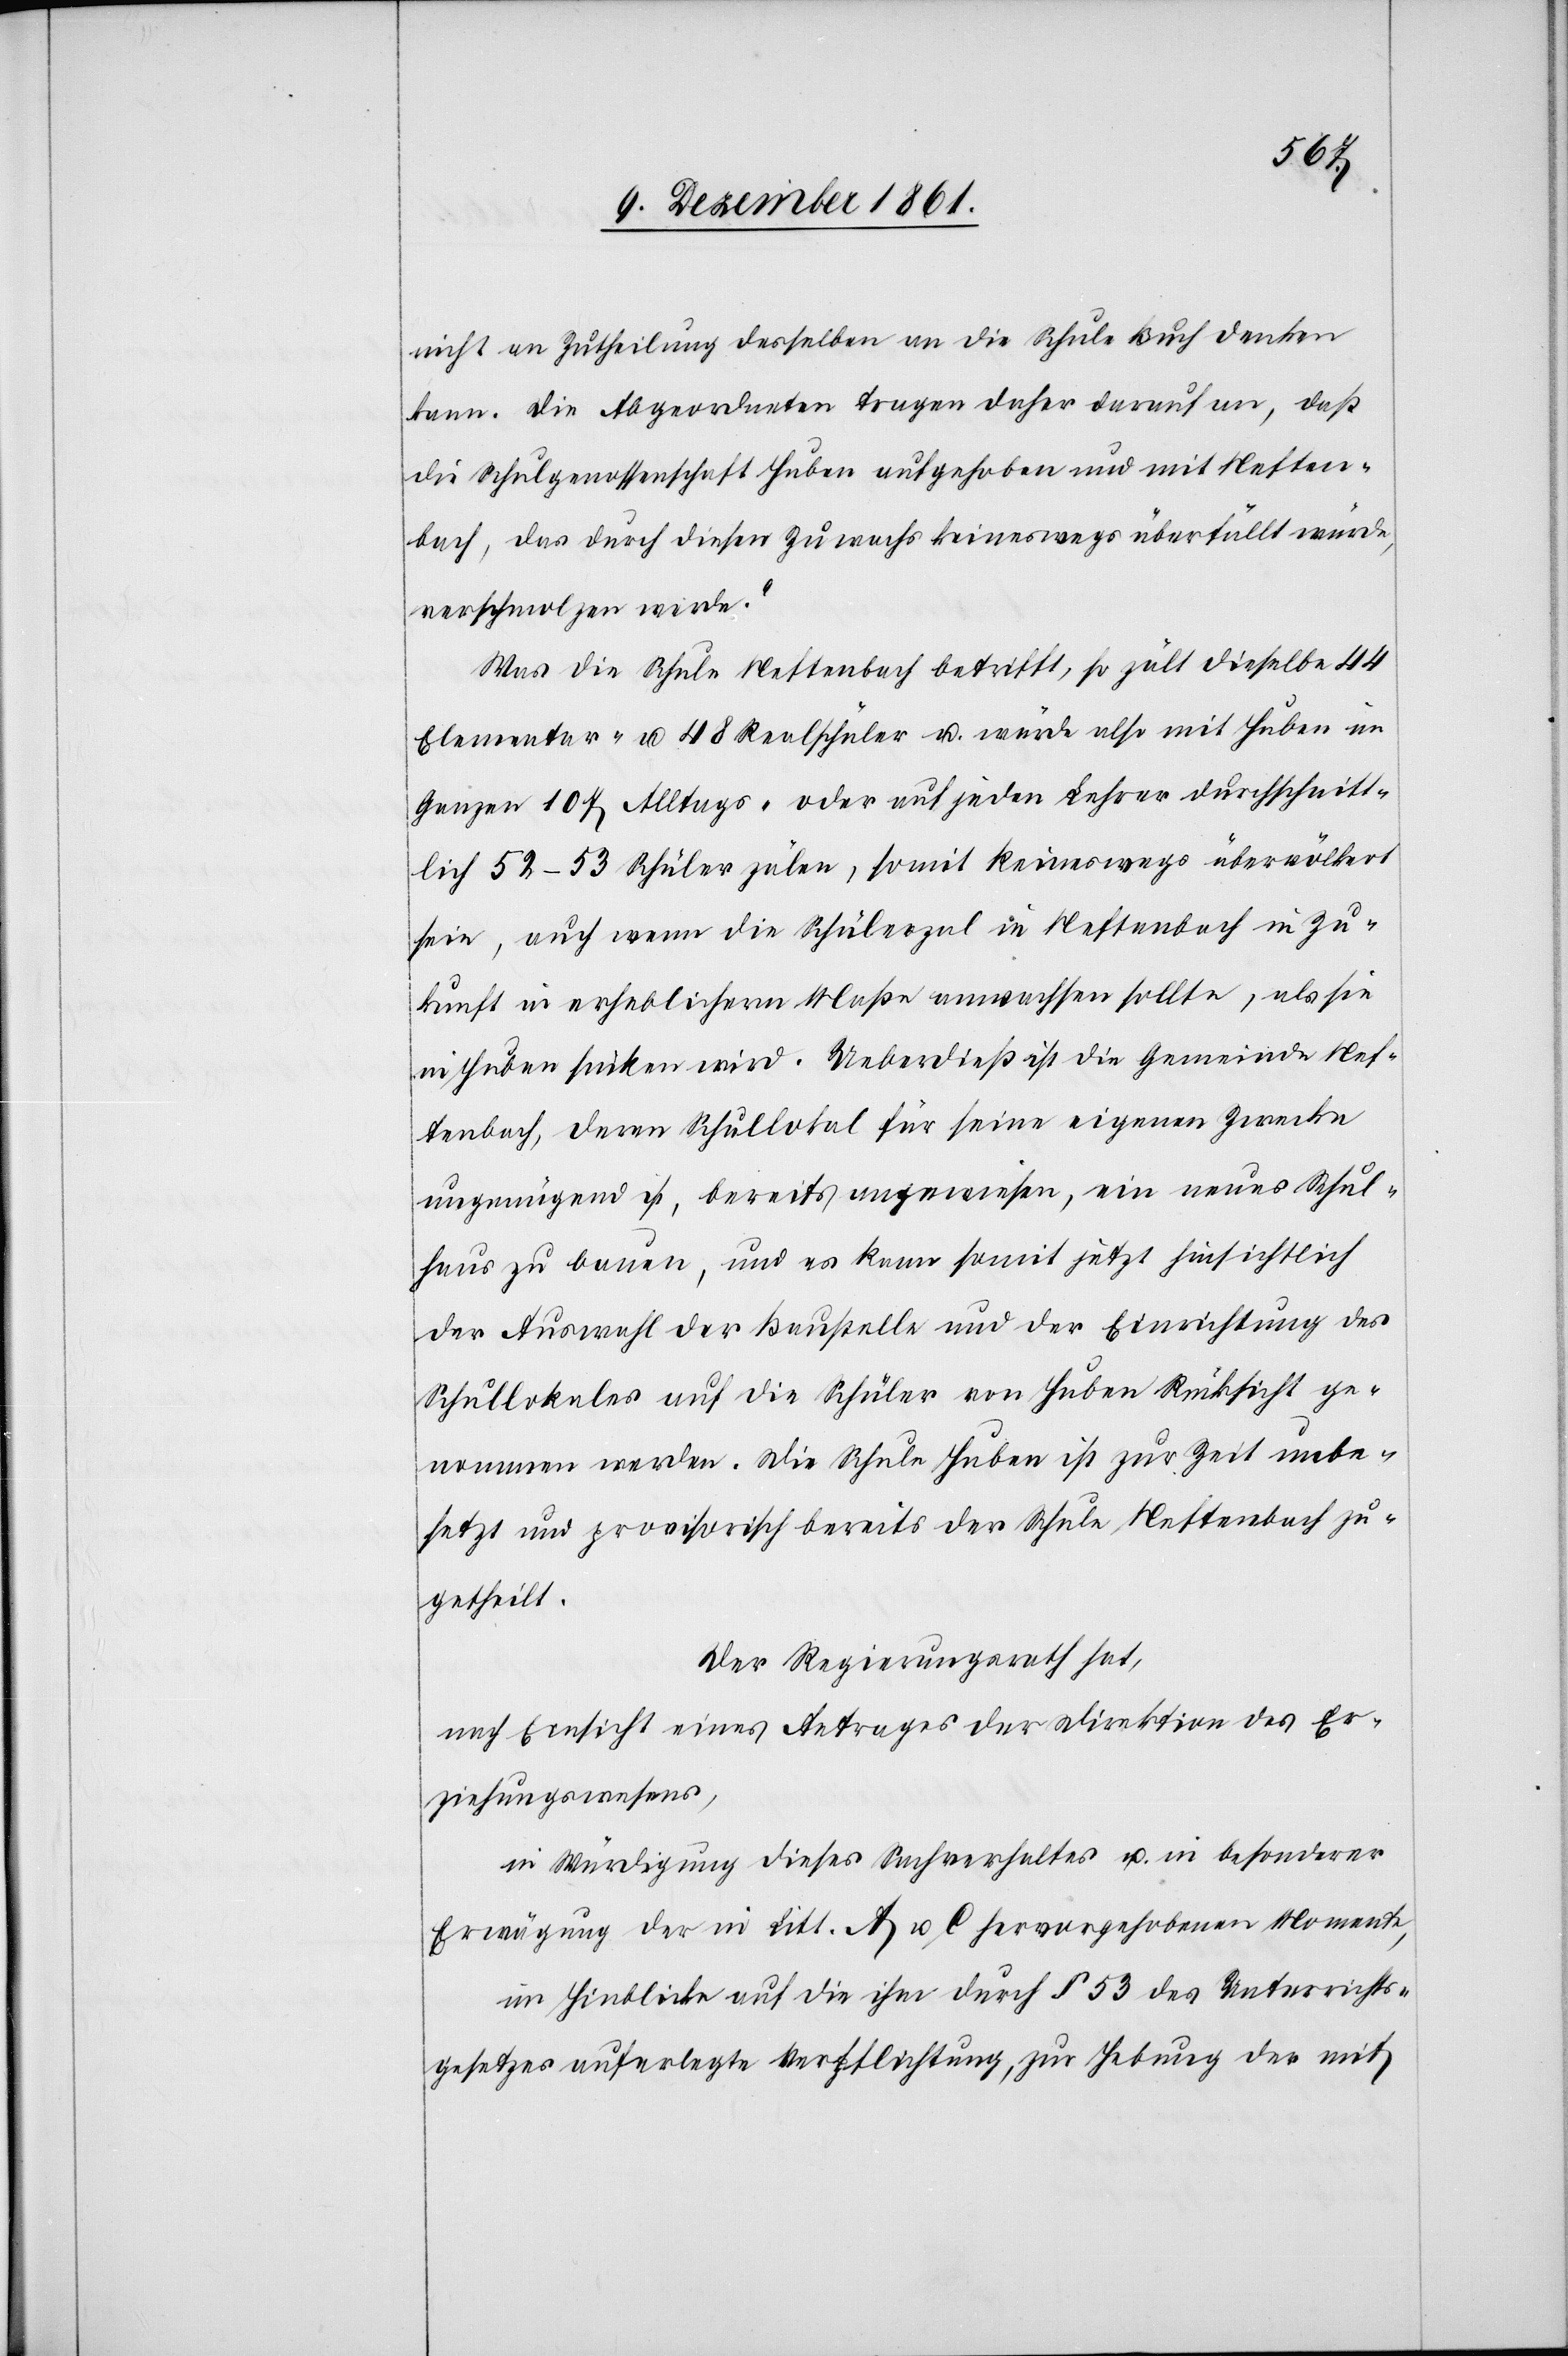
nicht an Zutheilung desselben an die Schule Buch denken
kann. Die Abgeordneten tragen daher darauf an, daß
die Schulgenossenschaft Huben aufgehoben und mit Neften¬
bach, das durch diesen Zuwachs keineswegs überfüllt würde,
verschmelzen werde.“
Was die Schule Neftenbach betrifft, so zält dieselbe 44
Elementar- u. 48 Realschüler u. würde also mit Huben im
Ganzen 107 Alltags- oder auf jeden Lehrer durchschnitt¬
lich 52–53 Schüler zälen, somit keineswegs übervölkert
sein, auch wenn die Schülerzal in Neftenbach in Zu¬
kunft in erheblichern Maßen anwachsen sollte, als sie
in Huben sinken wird. Ueberdieß ist die Gemeinde Nef¬
tenbach, deren Schullokal für seine eigenen Zwecke
ungenügend ist, bereits angewiesen, ein neues Schul¬
haus zu bauen, und es kann somit jetzt hinsichtlich
der Auswahl der Baustelle und der Einrichtung des
Schullokales auf die Schüler von Huben Rücksicht ge¬
nommen werden. Die Schule Huben ist zur Zeit unbe¬
setzt und provisorisch bereits der Schule Neftenbach zu¬
getheilt.
Der Regierungsrath hat,
nach Einsicht eines Antrages der Direktion des Er¬
ziehungswesens,
in Würdigung dieses Sachverhaltes u. in besonderer
Erwägung der in Litt. A u. C hervorgehobenen Momente,
im Hinblicke auf die ihm durch § 53 des Unterrichts¬
gesetzes auferlegte Verpflichtung, zur Hebung der mit